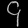
Digit: ၄